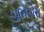
પાનસોરા